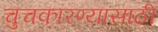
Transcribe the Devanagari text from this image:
चुचकारण्यासाठी